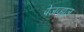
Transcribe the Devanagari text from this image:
पेजव्ह्यूज